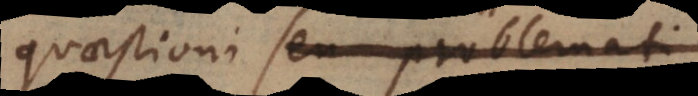
quaestioni seu problemati